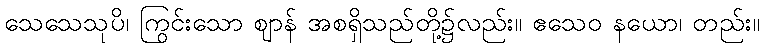
သေသေသုပိ၊ ကြွင်းသော ဈာန် အစရှိသည်တို့၌လည်း။ ဧသေဝ နယော၊ တည်း။